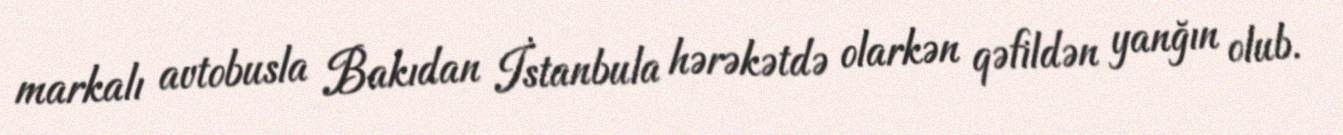
markalı avtobusla Bakıdan İstanbula hərəkətdə olarkən qəfildən yanğın olub.